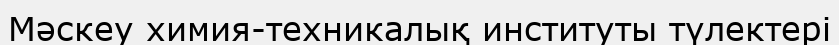
Мәскеу химия-техникалық институты түлектері